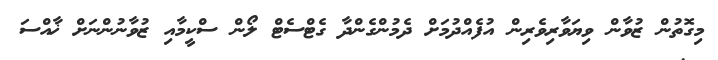
މިގޮތުން ޒުވާން ވިޔަވާރިވެރިން އުފެއްދުމަށް ދެމުންގެންދާ ގެޓްސެޓް ލޯން ސްކީމާއި ޒުވާނުންނަށް ޚާއްސަ